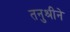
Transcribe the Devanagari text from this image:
तनुश्रीने